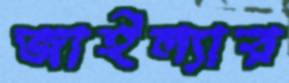
জাইল্যার